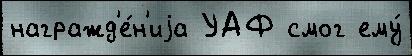
награжд'е́н'иjа УАФ смог ему́